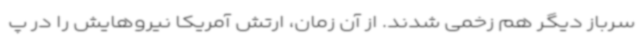
سرباز دیگر هم زخمی شدند. از آن زمان، ارتش آمریکا نیروهایش را در پ